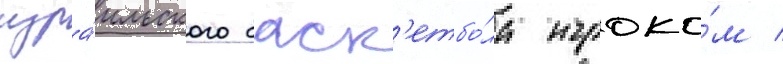
изра́ильского баск'етбо́ла игроко́м /